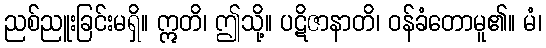
ညစ်ညူးခြင်းမရှိ။ ဣတိ၊ ဤသို့။ ပဋိဇာနာတိ၊ ဝန်ခံတောမူ၏။ မံ၊